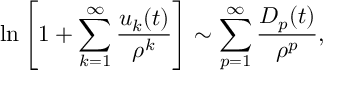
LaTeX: \ln \left[ 1 + \sum _ { k = 1 } ^ { \infty } { \frac { u _ { k } ( t ) } { \rho ^ { k } } } \right] \sim \sum _ { p = 1 } ^ { \infty } { \frac { D _ { p } ( t ) } { \rho ^ { p } } } ,